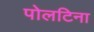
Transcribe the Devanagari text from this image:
पोलटिना